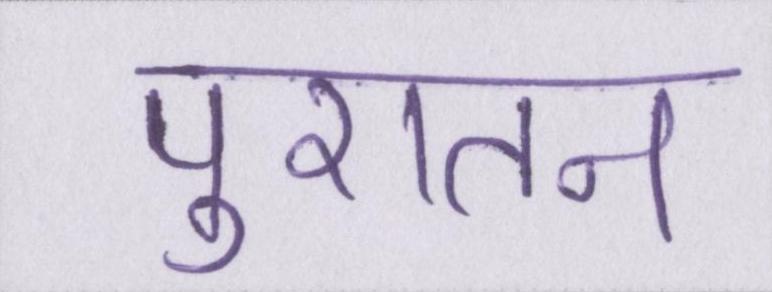
पुरातन